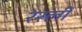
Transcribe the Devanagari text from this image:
रेस्ली